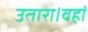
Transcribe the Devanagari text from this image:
उतारा।वहां